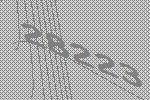
28223